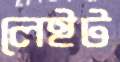
লেইট